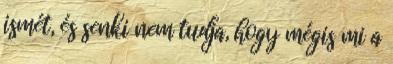
ismét, és senki nem tudja, hogy mégis mi a